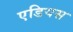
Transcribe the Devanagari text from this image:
एडियस